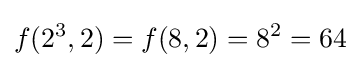
f(2^{3},2)=f(8,2)=8^{2}=64